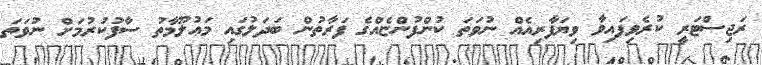
ރަޖިސްޓަރީ ކުރެވިފައިވާ ވިޔަފާރިއެއް ނުވަތަ ކުންފުންޏެއްގެ ފަރާތުން ބަދަލުގައި މަޢުލޫމާތު ސާފުކުރުމަށް ނުވަތަ